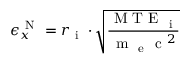
\epsilon _ { x } ^ { \mathrm { ~ N ~ } } = r _ { \mathrm { ~ i ~ } } \cdot \sqrt { \frac { \mathrm { ~ M ~ T ~ E ~ } _ { \mathrm { ~ i ~ } } } { \mathrm { ~ m ~ } _ { \mathrm { ~ e ~ } } \mathrm { ~ c ~ } ^ { 2 } } }